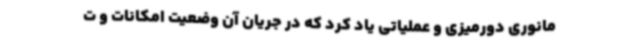
مانوری دورمیزی و عملیاتی یاد کرد که در جریان آن وضعیت امکانات و ت